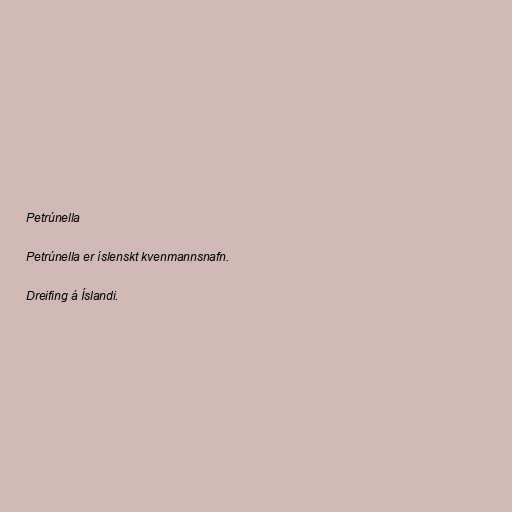
Petrúnella

Petrúnella er íslenskt kvenmannsnafn.

Dreifing á Íslandi.